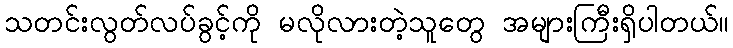
သတင်းလွတ်လပ်ခွင့်ကို မလိုလားတဲ့သူတွေ အများကြီးရှိပါတယ်။